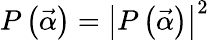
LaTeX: P\left(\vec{\alpha}\right)=\left|P\left(\vec{\alpha}\right)\right|^{2}